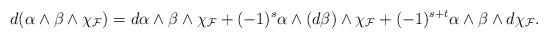
LaTeX: \begin{align*}d(\alpha\wedge\beta\wedge {\chi}_{\mathcal{F}})=d\alpha\wedge\beta\wedge \chi_{\mathcal{F}}+(-1)^{s}\alpha\wedge(d\beta)\wedge \chi_{\mathcal{F}}+(-1)^{s+t}\alpha\wedge\beta\wedge d \chi_{\mathcal{F}}.\end{align*}